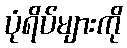
ပုံရိပ်များကို